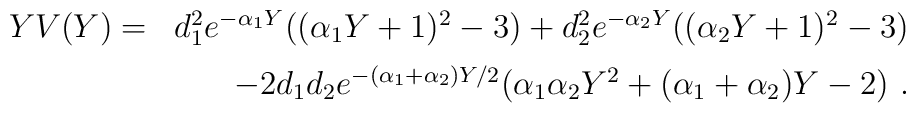
\begin{array}{lr}Y V(Y) =&d_1^2 e^{-\alpha_1 Y} ((\alpha_1 Y+1)^2-3)+ d_2^2 e^{-\alpha_2 Y} ((\alpha_2 Y+1)^2-3)  \vspace{2mm}\\&- 2d_1d_2 e^{-(\alpha_1+\alpha_2) Y/2}(\alpha_1\alpha_2 Y^2+(\alpha_1+\alpha_2)Y-2) \ .\end{array}